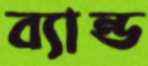
ব্যান্ড